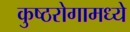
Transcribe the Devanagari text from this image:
कुष्ठरोगामध्ये